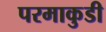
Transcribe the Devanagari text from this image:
परमाकुडी